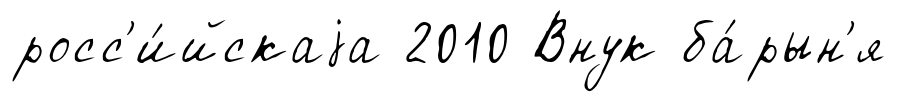
росс'и́йскаjа 2010 Внук ба́рын'я